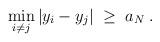
LaTeX: \begin{align*}\min_{i\not = j} |y_i - y_j| \;\ge\; a_N \;.\end{align*}